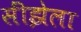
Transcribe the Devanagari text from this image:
सींझेला